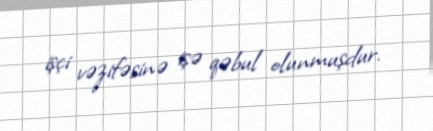
işçi vəzifəsinə işə qəbul olunmuşdur.